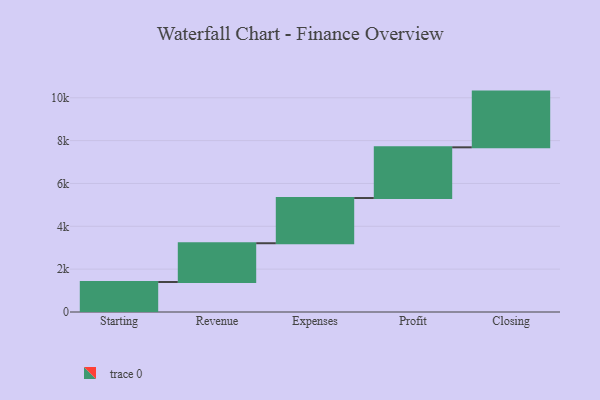
{"axis": {"x": "Step", "y": "Value"}, "legend": [""], "data": [{"x": "Starting", "y": 1400.0, "type": ""}, {"x": "Revenue", "y": 1810.0, "type": ""}, {"x": "Expenses", "y": 2110.0, "type": ""}, {"x": "Profit", "y": 2367.0, "type": ""}, {"x": "Closing", "y": 2601.0, "type": ""}]}